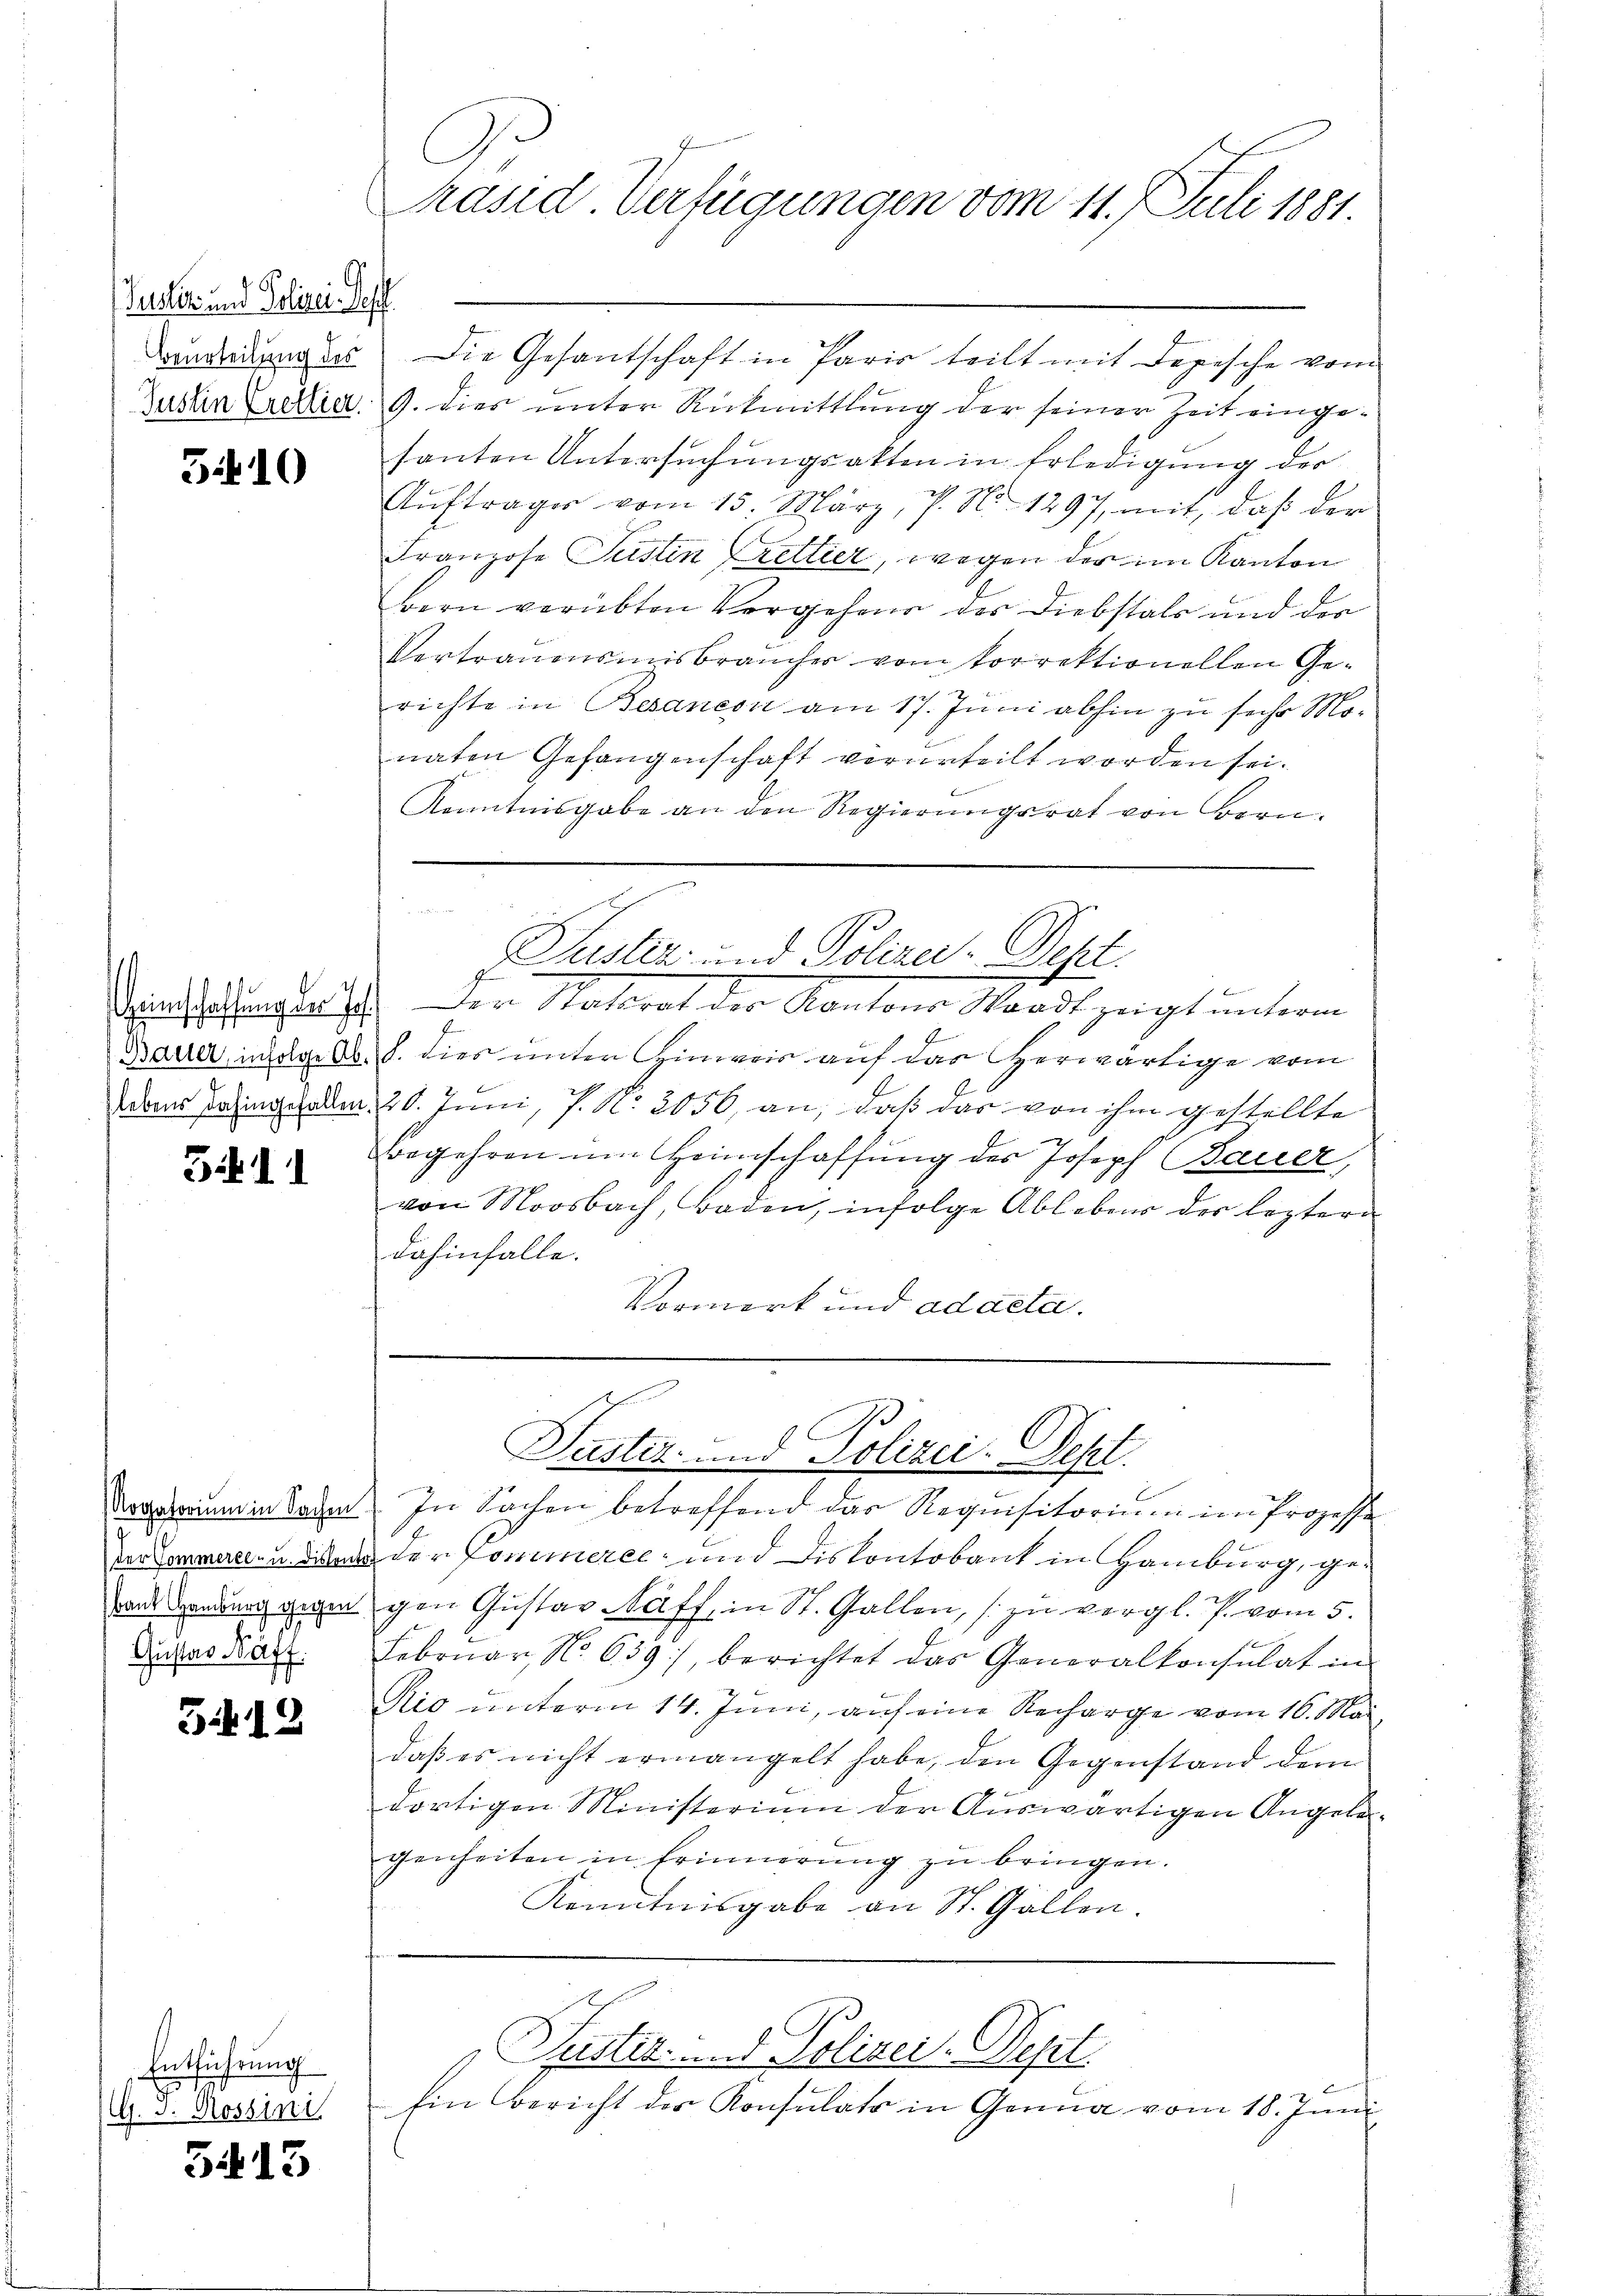
uster und Polizei Kopf

5410

lebens dahingefallen.

3411

Gustav Näff.

3419

Entführung
G. J. Rossini

5413

Bonderung des Die Gesantschaft in Paris teilt mit depische vom
Zustin Credia. 9. dies unter Rückmittlung der seiner Zeit eingesanten Untersuchungsakten in Erledigung der
Aŭftrages vom 15. März, P. N. 1297, mit, daß der
Franzose Justin Krettier, wegen der im Kanton
rern verübten Vergehens der Diebstals und der
Vertrauensmisbraucher vom korrektionellen Gerichte in Besancon am 17. Juni abhin zu sehr Monaten Gefangenschaft verurteilt worden sei.
Kenntnisgabe an den Regierungsrat von Bern,
n

Präsid Verfügungen vom 11. Juli 1881

Sinkehrungleicht. Den Nachtrat der Kantons Standt zeigt unterm
f
Barrer, mage A. S. dies unter Hinweis auf das Herwärtige vom
20. Juni, P. Nr. 2056, an, daß das von ihm gestellte
Begehren um Heimschaffung der Joseph Bauer,
von Moosbach, Baden, infolge Ablebens der leztern
dahinfalle.
Vormerk und ad acta.

Puster und Polizei-Pept.

Der Cammell- u. die der Commeree, und Diskontobant in Hamburg, geaus wendung zwo gen Gustav Naff, in St. Gallen, zu vergl. P. vom 5.
Februar No. 639), berichtet das Generalkonsulat in
Rio unterm 14. Juni, auf eine Recharge vom 16. Mai
daß es nicht ermangelt habe, den Gegenstand dem
dortigen Ministerium der Auswärtigen Angelegenheiten in Erinnerung zŭ bringen.
Kenntnisgabe an St. Gallen.

Justiz- und Polizei. Sept.
Nogrimm in Sohn. In Sachen betreffend das Requisitorium im Prozesse

Ein Bericht der Konsulats in Genua vom 18. Juni

Justiz- und Polizei-Tept.